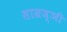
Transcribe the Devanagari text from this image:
साम्रज्ञी